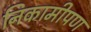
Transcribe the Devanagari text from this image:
निकामीपण